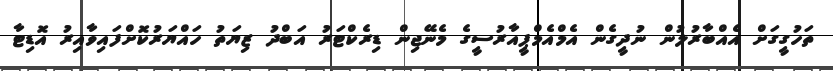
ތަހުގީގަށް އެއްބާރުލުން ނުދީގެން އެމްއެމްޕީއާރުސީގެ މެނޭޖިން ޑިރެކްޓަރު އަބްދު ޒިޔަތު ހައްޔަރުކޮށްފައިވާއިރު އޮޑިޓާ